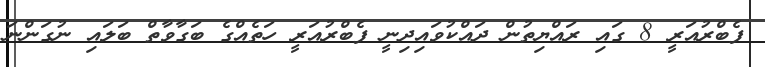
ފެބްރުއަރީ 8 ގައި ރައްޔިތުން ދައްކުވައިދިނީ ފެބްރުއަރީ ހަތެއްގެ ބަގާވާތް ބަލައި ނުގަންނަ